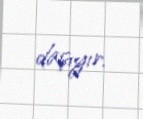
daşıyır.